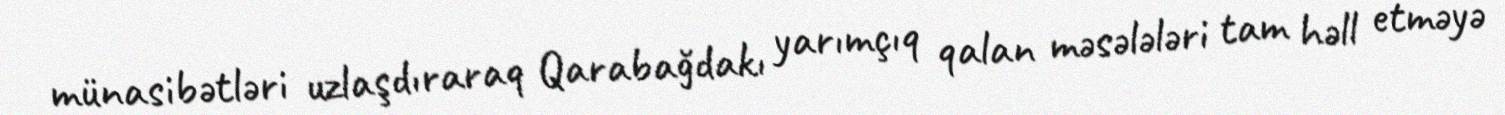
münasibətləri uzlaşdıraraq Qarabağdakı yarımçıq qalan məsələləri tam həll etməyə